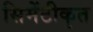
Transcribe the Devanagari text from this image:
सिमेंटीकृत